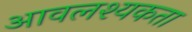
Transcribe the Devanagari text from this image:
आवलश्यकता